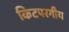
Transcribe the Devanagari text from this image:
किटपरगीय